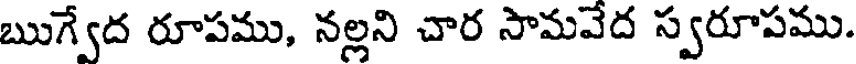
ఋగ్వేద రూపము, నల్లని చార సామవేద స్వరూపము.